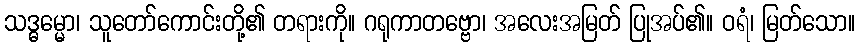
သဒ္ဓမ္မော၊ သူတော်ကောင်းတို့၏ တရားကို။ ဂရုကာတဗ္ဗော၊ အလေးအမြတ် ပြုအပ်၏။ ဝရံ၊ မြတ်သော။